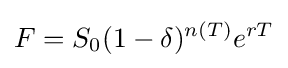
F=S_{0}(1-\delta )^{n(T)}e^{rT}